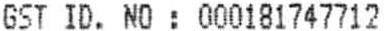
GST ID. NO : 000181747712